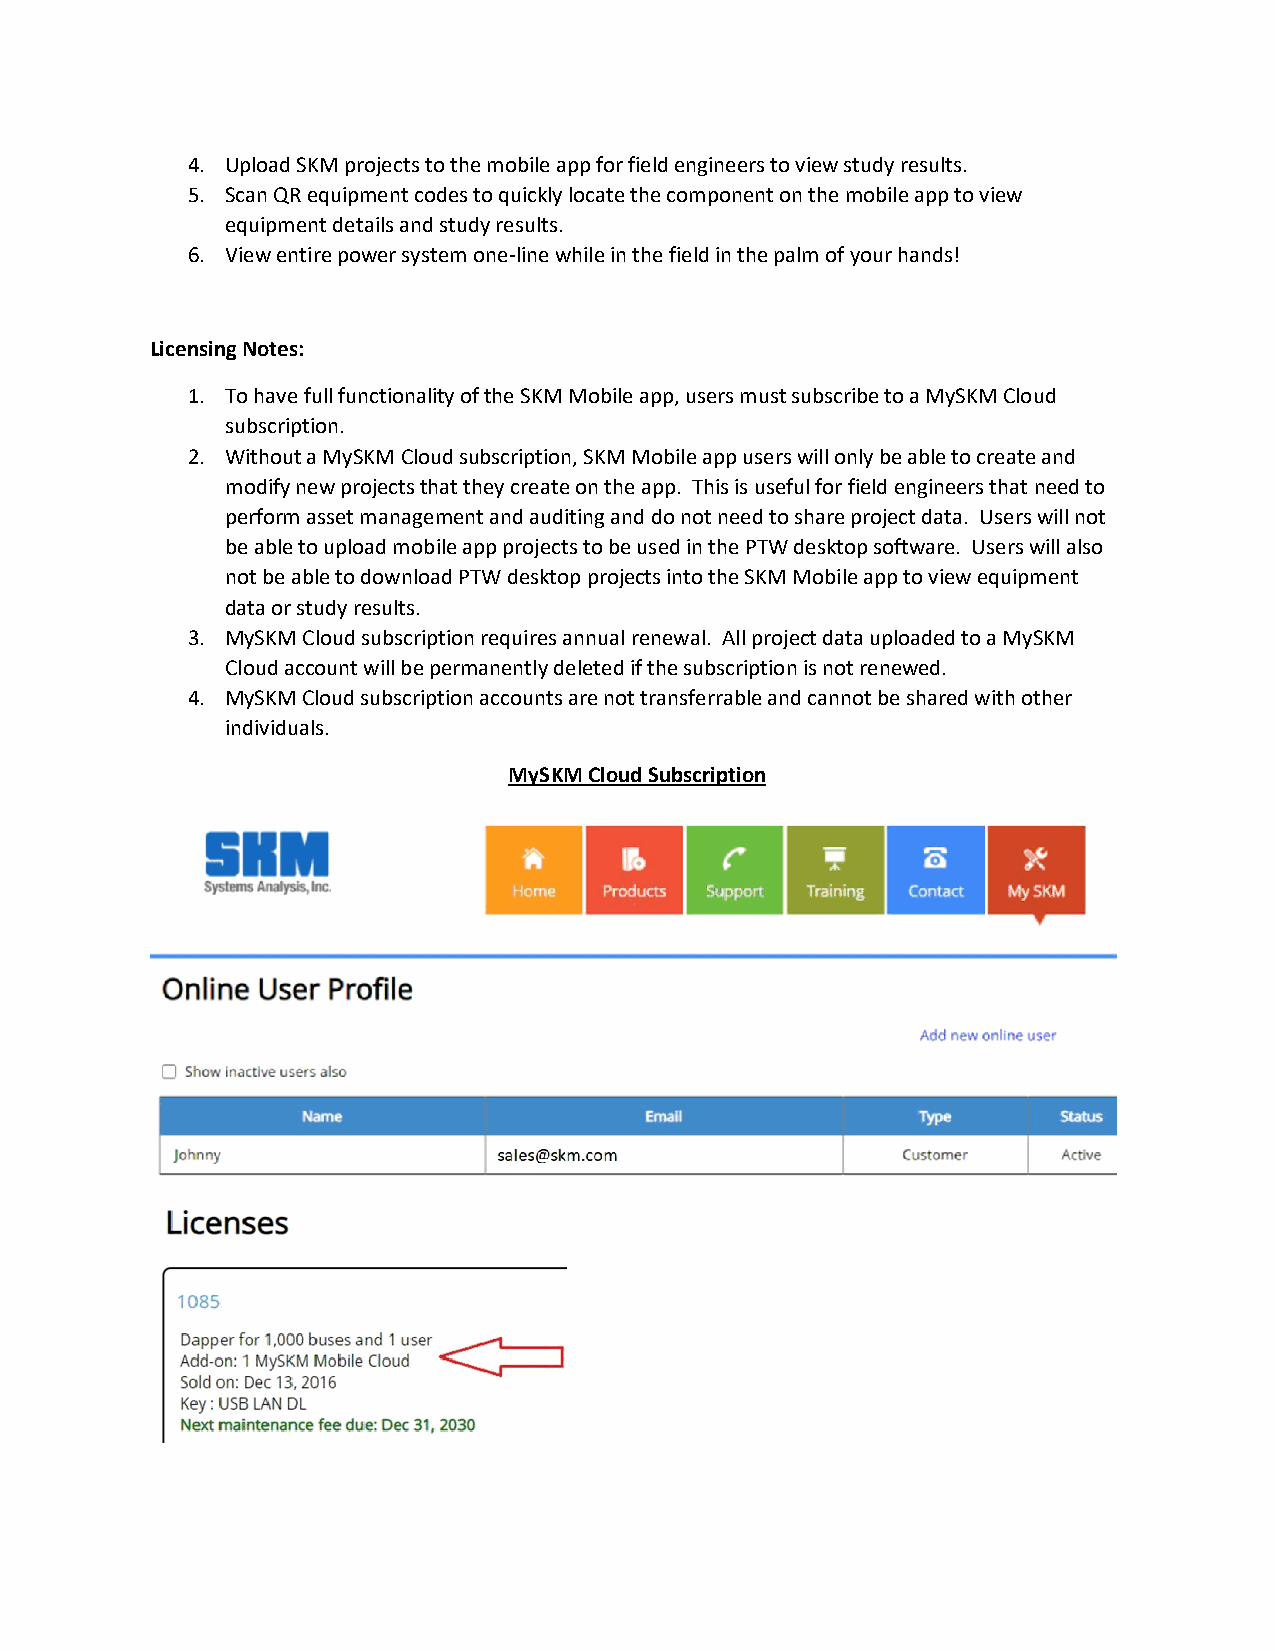
4. Upload SKM projects to the mobile app for field engineers to view study results.
 5. Scan QR equipment codes to quickly locate the component on the mobile app to view
 equipment details and study results.
 6. View entire power system one-line while in the field in the palm of your hands!
 Licensing Notes:
 1. To have full functionality of the SKM Mobile app, users must subscribe to a MySKM Cloud
 subscription.
 2. Without a MySKM Cloud subscription, SKM Mobile app users will only be able to create and
 modify new projects that they create on the app. This is useful for field engineers that need to
 perform asset management and auditing and do not need to share project data. Users will not
 be able to upload mobile app projects to be used in the PTW desktop software. Users will also
 not be able to download PTW desktop projects into the SKM Mobile app to view equipment
 data or study results.
 3. MySKM Cloud subscription requires annual renewal. All project data uploaded to a MySKM
 Cloud account will be permanently deleted if the subscription is not renewed.
 4. MySKM Cloud subscription accounts are not transferrable and cannot be shared with other
 individuals.
 MySKM Cloud Subscription